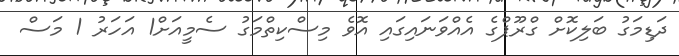
ދަޑިމަގު ބަލިކޮށް ގްރޫޕްގެ އެއްވަނައިގައި އޮވެ މިސްކިތްމަގު ސެމީއަށް1 އަހަރު 1 މަސް